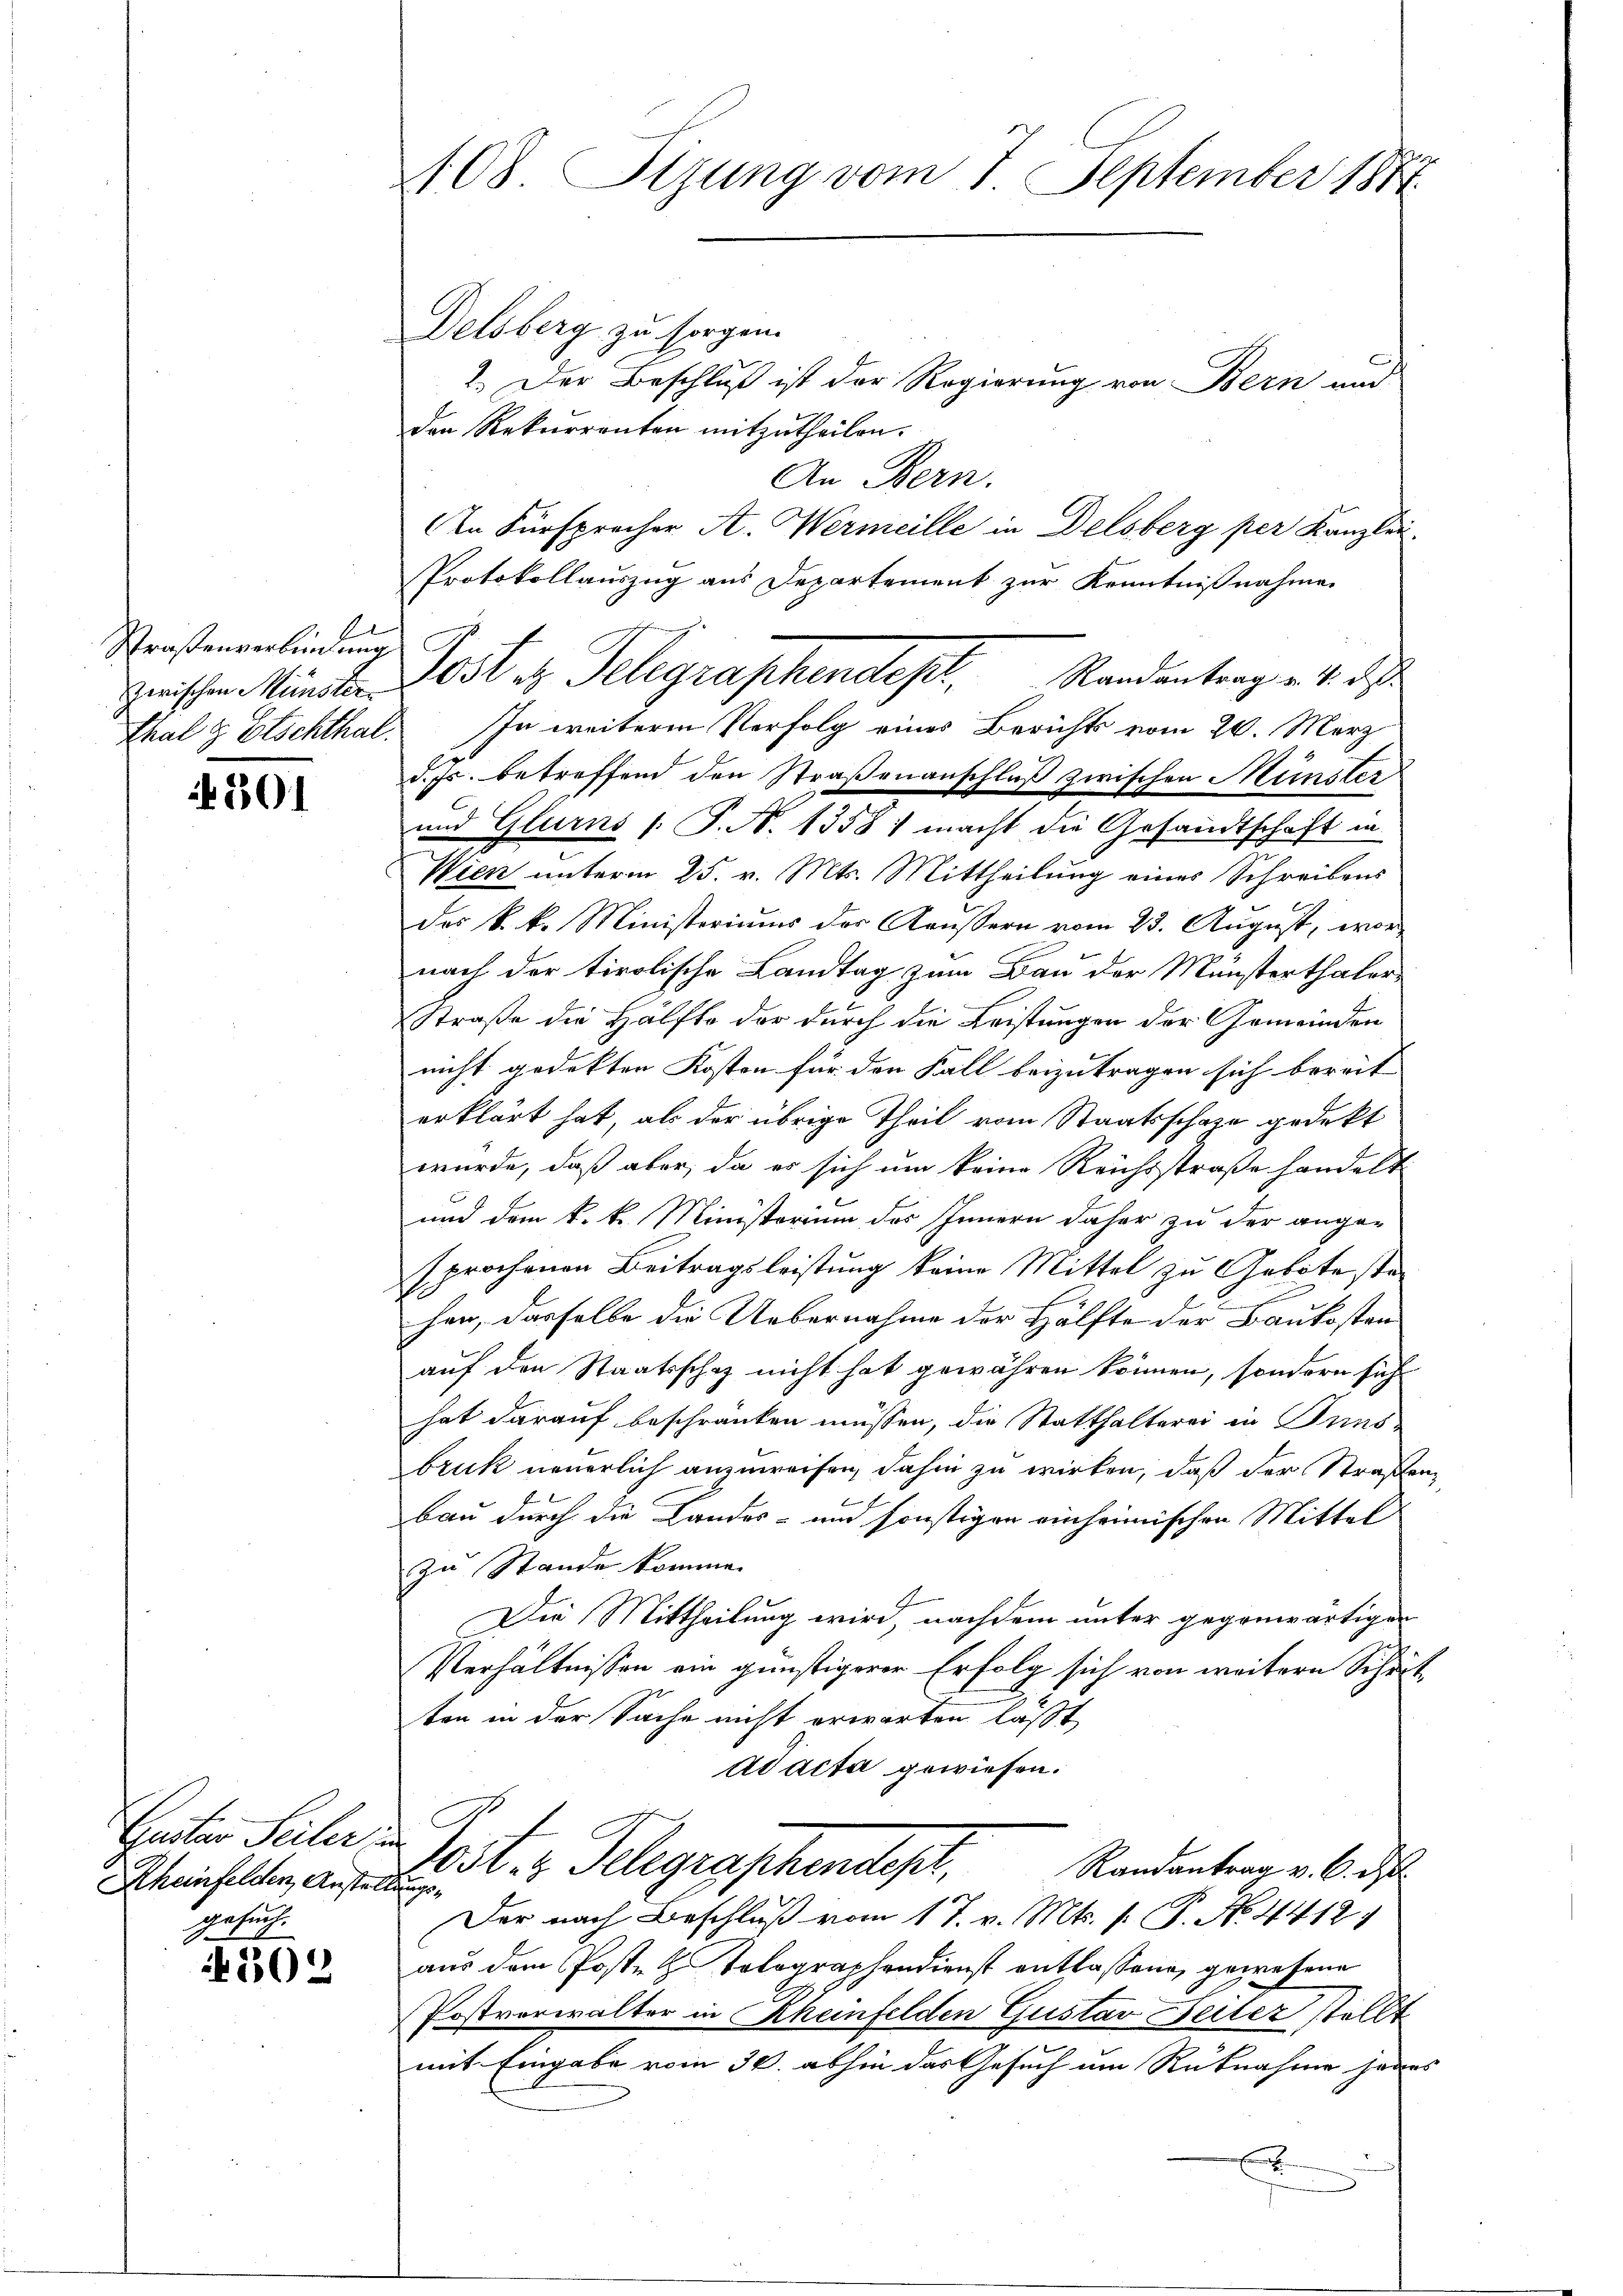
Straßenverbindung
Zwischen Münster
Thal & Etschthal.

501

e

Geiten Seiler
Rheinfelden Anstalt
gesuch.

308

108. Sizung vom 7. September 1881.

Delsberg zu sorgen.
1.) Der Beschluß ist der Regierung von Bern und
den Rekurrenten mitzutheilen.
An Bern.
n Fürsprecher A. Wermeille in Delsberg per Kanzlei.
d. Js. betreffend den Straßenanschluß zwischen Münster
und Glurns /: P. N. 1358; macht die Gesandtschaft in
Wien unterm 25. v. Mts. Mittheilung eines Schreibens
des k. k. Ministeriums des Aeussern vom 23. August, wornach der tirolische Landtag zum Bau der Münsterthaler
Straße die Hälfte der durch die Leistungen der Gemeinden
nicht gedekten Kosten für den Fall beizutragen sich bereit |
erklärt hat, als der übrige Theil vom Staatsschafe gedekt
würde, daß aber, da er sich um keine Reichsstraße handelt
und dem k. k. Ministerium des Innern daher zu der ange-
sprochenen Beitragsleistung keine Mittel zu Geboteste
hen, dasselbe die Uebernahme der Hälfte der Baukosten
auf den Staatsschaf nicht hat gewähren können, sondern sich
hat darauf beschranken müssen, die Statthalterei in Pins-
bruk neuerlich anzuweisen, dahin zu wirken, daß der Straßen,
bau durch die Landes- und sonstigen einheimischen Mittel
zu Stande komme.
Die Mittheilung wird, nachdem unter gegenwärtigen
Verhältnissen ein günstigerer Erfolg sich von weitern Scheitten in der Sache nicht erwarten läßt
ad acta gewiesen.
Post- & Telegraphendest,
Randantrag v. 6. d.
ug
Der nach Beschluß vom 17. v. Mts. f. P. No. 4412)
aus dem Poste H. Tolographendienst entlassene gewesene
Postverwalter in Rheinfelden Gustav Feiler stellt
mit Eingabe vom 30. abhin das Gesuch um Rücknahme jedes
e

Protokollauszug aus Departement zur Kenntnißnahme
Post u. Telegraphendest.  Randantrag u. 4. d
In weitere Verfolg eines Berichts vom 20. Merz